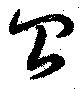
召